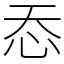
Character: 㤁